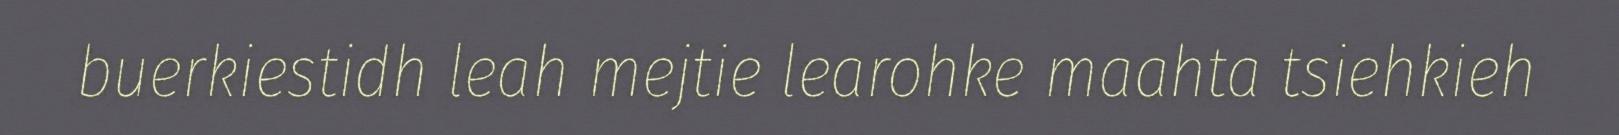
buerkiestidh leah mejtie learohke maahta tsiehkieh